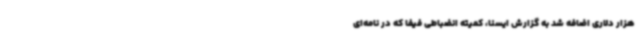
هزار دلاری اضافه شد به گزارش ایسنا، کمیته انضباطی فیفا که در نامه‌ای